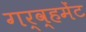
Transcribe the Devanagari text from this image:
गर्व्हमेंट